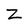
Character: Z